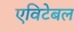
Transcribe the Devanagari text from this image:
एविटेबल